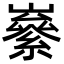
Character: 𡽭